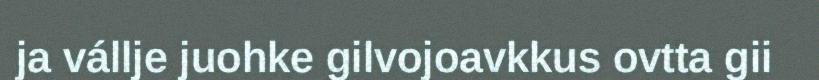
ja vállje juohke gilvojoavkkus ovtta gii